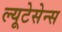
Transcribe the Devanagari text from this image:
ल्यूटेसेन्स